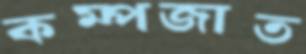
কম্পজাত